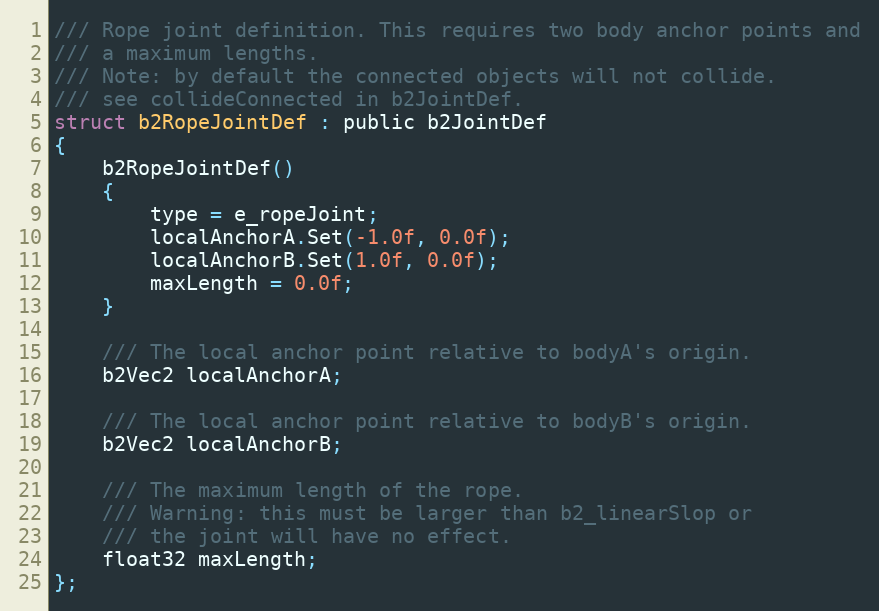
Language: C
/// Rope joint definition. This requires two body anchor points and
/// a maximum lengths.
/// Note: by default the connected objects will not collide.
/// see collideConnected in b2JointDef.
struct b2RopeJointDef : public b2JointDef
{
	b2RopeJointDef()
	{
		type = e_ropeJoint;
		localAnchorA.Set(-1.0f, 0.0f);
		localAnchorB.Set(1.0f, 0.0f);
		maxLength = 0.0f;
	}

	/// The local anchor point relative to bodyA's origin.
	b2Vec2 localAnchorA;

	/// The local anchor point relative to bodyB's origin.
	b2Vec2 localAnchorB;

	/// The maximum length of the rope.
	/// Warning: this must be larger than b2_linearSlop or
	/// the joint will have no effect.
	float32 maxLength;
};